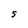
Character: S